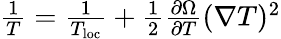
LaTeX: \begin{array}{r}{\frac{1}{T}=\frac{1}{T_{\textrm{loc}}}+\frac{1}{2}\frac{\partial\Omega}{\partial T}(\nabla T)^{2}}\end{array}